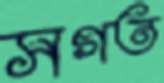
সগত